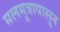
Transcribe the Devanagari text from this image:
मलमूत्रापासून